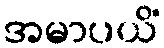
အမာပယိံ